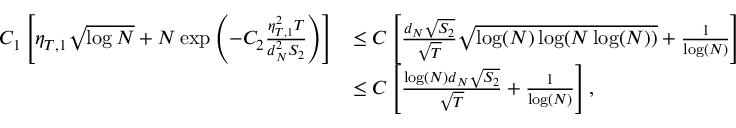
\begin{array} { r l } { C _ { 1 } \left[ \eta _ { T , 1 } \sqrt { \log { N } } + N \exp \left( - C _ { 2 } \frac { \eta _ { T , 1 } ^ { 2 } T } { d _ { N } ^ { 2 } S _ { 2 } } \right) \right] } & { \leq C \left[ \frac { d _ { N } \sqrt { S _ { 2 } } } { \sqrt { T } } \sqrt { \log ( N ) \log ( N \log ( N ) ) } + \frac { 1 } { \log ( N ) } \right] } \\ & { \leq C \left[ \frac { \log ( N ) d _ { N } \sqrt { S _ { 2 } } } { \sqrt { T } } + \frac { 1 } { \log ( N ) } \right] , } \end{array}